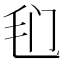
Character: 𰚍